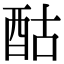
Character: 酤